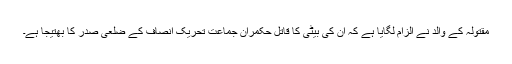
مقتولہ کے والد نے الزام لگایا ہے کہ ان کی بیٹی کا قاتل حکمران جماعت تحریک انصاف کے ضلعی صدر کا بھتیجا ہے۔